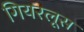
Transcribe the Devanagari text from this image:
गियरलूस